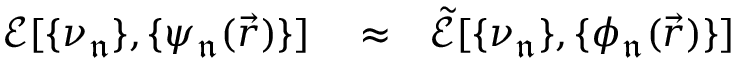
\begin{array} { r l r } { \mathcal { E } [ \{ \nu _ { \mathfrak { n } } \} , \{ \psi _ { \mathfrak { n } } ( \vec { r } ) \} ] } & { { } \approx } & { \mathcal { \tilde { E } } [ \{ \nu _ { \mathfrak { n } } \} , \{ \phi _ { \mathfrak { n } } ( \vec { r } ) \} ] } \end{array}